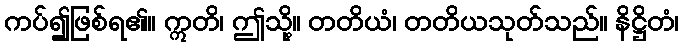
ကပ်၍ဖြစ်ရ၏။ ဣတိ၊ ဤသို့။ တတိယံ၊ တတိယသုတ်သည်။ နိဋ္ဌိတံ၊